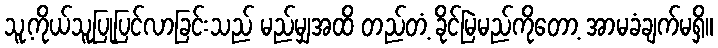
သူ့ကိုယ်သူပြုပြင်လာခြင်းသည် မည်မျှအထိ တည်တံ့ ခိုင်မြဲမည်ကိုတော့ အာမခံချက်မရှိ။